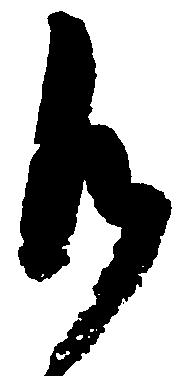
御